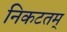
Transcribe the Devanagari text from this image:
निकटतम्